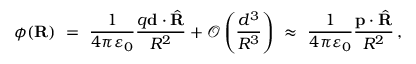
\phi ( \mathbf { R } ) \ = \ { \frac { 1 } { 4 \pi \varepsilon _ { 0 } } } { \frac { q \mathbf { d } \cdot { \hat { \mathbf { R } } } } { R ^ { 2 } } } + { \mathcal { O } } \left( { \frac { d ^ { 3 } } { R ^ { 3 } } } \right) \ \approx \ { \frac { 1 } { 4 \pi \varepsilon _ { 0 } } } { \frac { \mathbf { p } \cdot { \hat { \mathbf { R } } } } { R ^ { 2 } } } \, ,